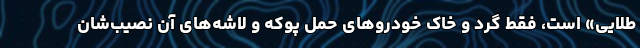
طلایی» است، فقط گرد و خاک خودروهای حمل پوکه و لاشه‌های آن نصیب‌شان